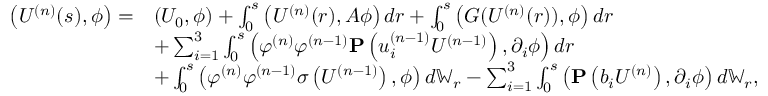
\begin{array} { r l } { \left( U ^ { ( n ) } ( s ) , \phi \right) = } & { \left( U _ { 0 } , \phi \right) + \int _ { 0 } ^ { s } \left( U ^ { ( n ) } ( r ) , A \phi \right) d r + \int _ { 0 } ^ { s } \left( G ( U ^ { ( n ) } ( r ) ) , \phi \right) d r } \\ & { + \sum _ { i = 1 } ^ { 3 } \int _ { 0 } ^ { s } \left( \varphi ^ { ( n ) } \varphi ^ { ( n - 1 ) } \mathbf { P } \left( u _ { i } ^ { ( n - 1 ) } U ^ { ( n - 1 ) } \right) , \partial _ { i } \phi \right) d r } \\ & { + \int _ { 0 } ^ { s } \left( \varphi ^ { ( n ) } \varphi ^ { ( n - 1 ) } \sigma \left( U ^ { ( n - 1 ) } \right) , \phi \right) d \mathbb { W } _ { r } - \sum _ { i = 1 } ^ { 3 } \int _ { 0 } ^ { s } \left( \mathbf { P } \left( b _ { i } U ^ { ( n ) } \right) , \partial _ { i } \phi \right) d \mathbb { W } _ { r } , } \end{array}